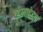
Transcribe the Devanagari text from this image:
व्हेलव्हेटचा